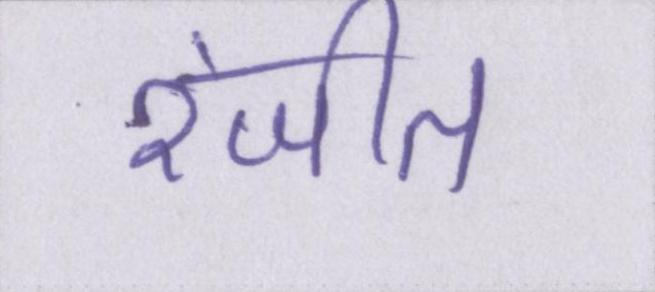
रंजीत